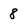
Character: 8